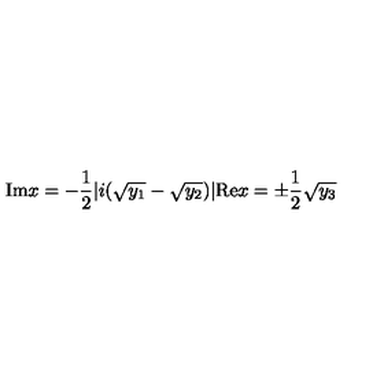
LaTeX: \mathrm { I m } x = - \frac { 1 } { 2 } | i ( \sqrt { y _ { 1 } } - \sqrt { y _ { 2 } } ) | \mathrm { R e } x = \pm \frac { 1 } { 2 } \sqrt { y _ { 3 } }